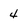
Character: 4